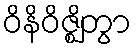
ဝိနိဝိဇ္ဈိတွာ